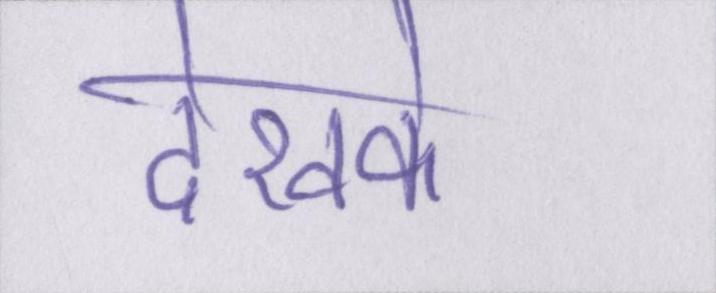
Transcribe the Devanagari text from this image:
देखके